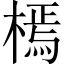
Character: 㯊